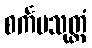
စင်္ကမသုတ္တံ